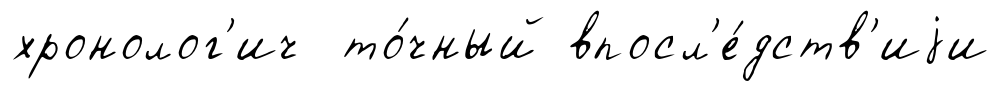
хронолог'ич то́чный впосл'е́дств'иjи